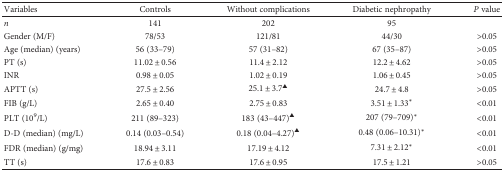
| Variables | Controls | Without complications | Diabetic nephropathy | P value |
 | --- | --- | --- | --- | --- |
 | n | 141 | 202 | 95 |  |
 | Gender (M/F) | 78/53 | 121/81 | 44/30 | >0.05 |
 | Age (median) (years) | 56 (33–79) | 57 (31–82) | 67 (35–87) | >0.05 |
 | PT (s) | 11.02 ± 0.56 | 11.4 ± 2.12 | 12.2 ± 4.62 | >0.05 |
 | INR | 0.98 ± 0.05 | 1.02 ± 0.19 | 1.06 ± 0.45 | >0.05 |
 | APTT (s) | 27.5 ± 2.56 | 25.1 ± 3.7▲ | 24.7 ± 4.8 | >0.05 |
 | FIB (g/L) | 2.65 ± 0.40 | 2.75 ± 0.83 | 3.51 ± 1.33∗ | <0.01 |
 | PLT (109/L) | 211 (89–323) | 183 (43–447)▲ | 207 (79–709)∗ | <0.01 |
 | D-D (median) (mg/L) | 0.14 (0.03–0.54) | 0.18 (0.04–4.27)▲ | 0.48 (0.06–10.31)∗ | <0.01 |
 | FDR (median) (g/mg) | 18.94 ± 3.11 | 17.19 ± 4.12 | 7.31 ± 2.12∗ | <0.01 |
 | TT (s) | 17.6 ± 0.83 | 17.6 ± 0.95 | 17.5 ± 1.21 | >0.05 |